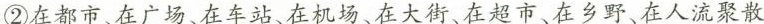
②在都市、在广场、在车站、在机场、在大街、在超市、在乡野、在人流聚散